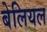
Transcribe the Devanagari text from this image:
बेलियल